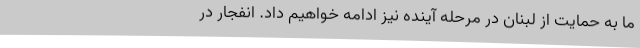
ما به حمایت از لبنان در مرحله آینده نیز ادامه خواهیم داد. انفجار در